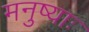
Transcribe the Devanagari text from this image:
मनुष्याः